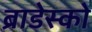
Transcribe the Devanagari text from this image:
ब्राडेस्को